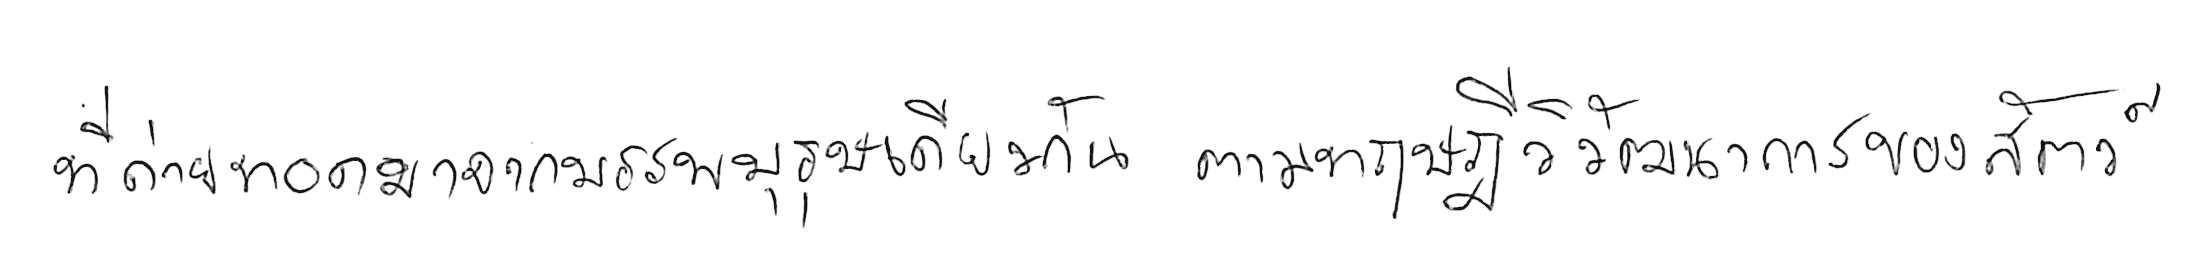
ที่ถ่ายทอดมาจากบรรพบุรุษเดียวกัน ตามทฤษฎีวิวัฒนาการของสัตว์